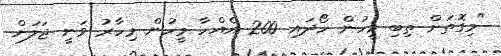
"މިގޮތަށް ތިބި މީހުން ހޯދައި 200 އެއްހާ މީހުން މިހާރު ވަނީ ޖަލަށް